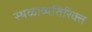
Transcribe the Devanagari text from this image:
स्थळांव्यतिरिक्त